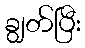
ချွတ်ပြီး